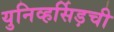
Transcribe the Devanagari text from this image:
युनिव्हर्सिड़ची